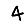
Digit: 4